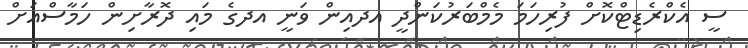
ސީ އެކްރެޑިޓްކޮށް ފުރިހަމަ މެމްބަރުކަންދީ އދއިން ވަނީ އދގެ މައި ދޮރާށިން ހަމާސްއަށް